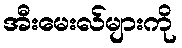
အီးမေးလ်များကို